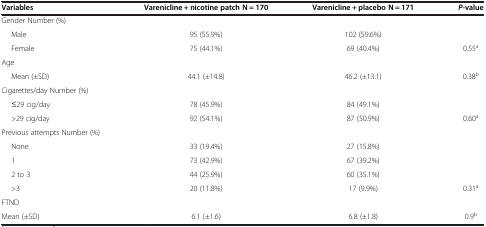
| Variables | Varenicline + nicotine patch N = 170 | Varenicline + placebo N = 171 | P-value |
 | --- | --- | --- | --- |
 | Gender Number (%) |  |  |  |
 | Male | 95 (55.9%) | 102 (59.6%) |  |
 | Female | 75 (44.1%) | 69 (40.4%) | 0.55a |
 | Age |  |  |  |
 | Mean (±SD) | 44.1 (±14.8) | 46.2 (±13.1) | 0.38b |
 | Cigarettes/day Number (%) |  |  |  |
 | ≤29 cig/day | 78 (45.9%) | 84 (49.1%) |  |
 | >29 cig/day | 92 (54.1%) | 87 (50.9%) | 0.60a |
 | Previous attempts Number (%) |  |  |  |
 | None | 33 (19.4%) | 27 (15.8%) |  |
 | 1 | 73 (42.9%) | 67 (39.2%) |  |
 | 2 to 3 | 44 (25.9%) | 60 (35.1%) |  |
 | >3 | 20 (11.8%) | 17 (9.9%) | 0.31a |
 | FTND |  |  |  |
 | Mean (±SD) | 6.1 (±1.6) | 6.8 (±1.8) | 0.9b |